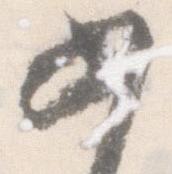
如